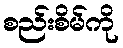
စည်းစိမ်ကို